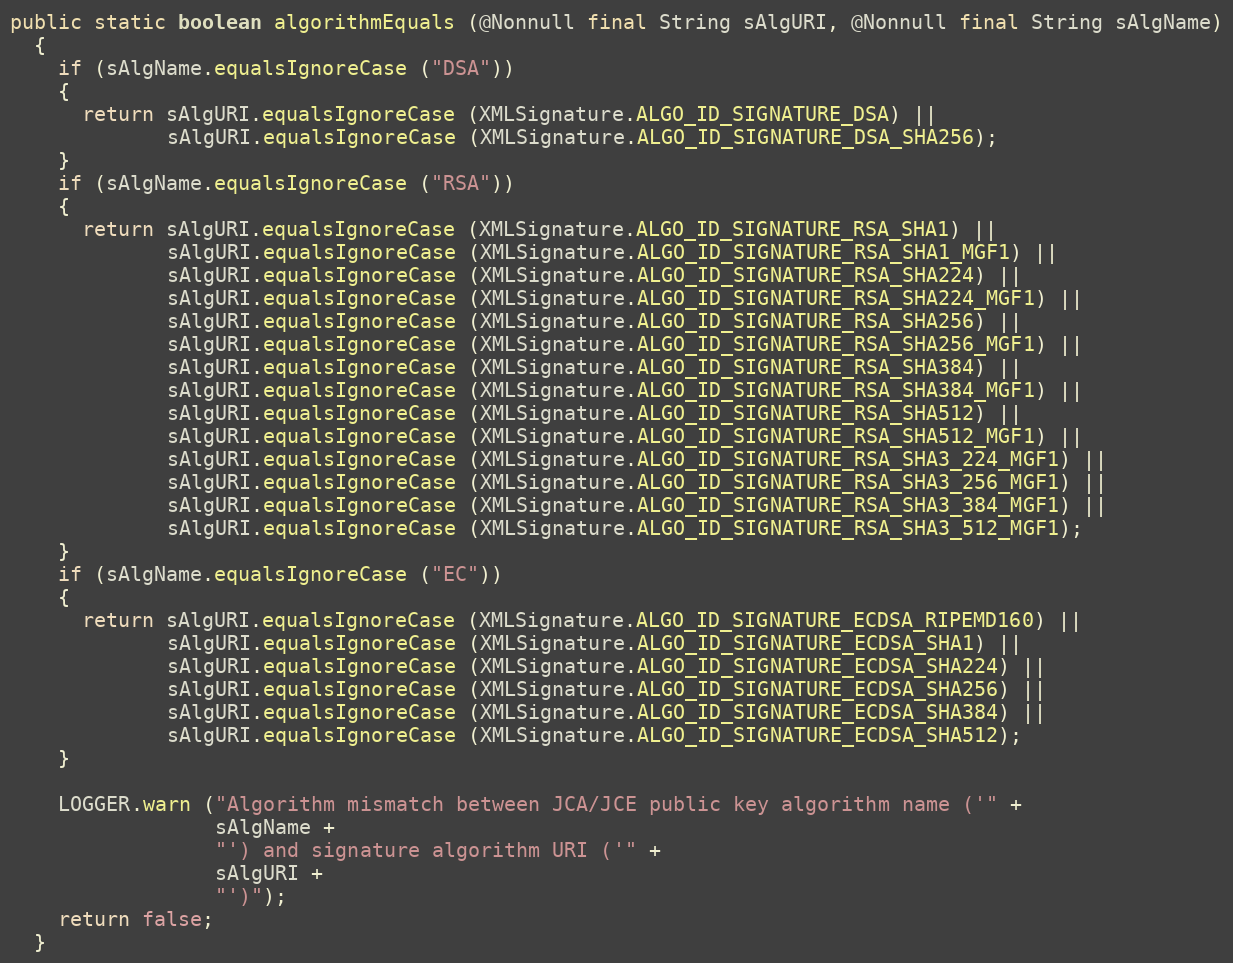
Language: Java
public static boolean algorithmEquals (@Nonnull final String sAlgURI, @Nonnull final String sAlgName)
  {
    if (sAlgName.equalsIgnoreCase ("DSA"))
    {
      return sAlgURI.equalsIgnoreCase (XMLSignature.ALGO_ID_SIGNATURE_DSA) ||
             sAlgURI.equalsIgnoreCase (XMLSignature.ALGO_ID_SIGNATURE_DSA_SHA256);
    }
    if (sAlgName.equalsIgnoreCase ("RSA"))
    {
      return sAlgURI.equalsIgnoreCase (XMLSignature.ALGO_ID_SIGNATURE_RSA_SHA1) ||
             sAlgURI.equalsIgnoreCase (XMLSignature.ALGO_ID_SIGNATURE_RSA_SHA1_MGF1) ||
             sAlgURI.equalsIgnoreCase (XMLSignature.ALGO_ID_SIGNATURE_RSA_SHA224) ||
             sAlgURI.equalsIgnoreCase (XMLSignature.ALGO_ID_SIGNATURE_RSA_SHA224_MGF1) ||
             sAlgURI.equalsIgnoreCase (XMLSignature.ALGO_ID_SIGNATURE_RSA_SHA256) ||
             sAlgURI.equalsIgnoreCase (XMLSignature.ALGO_ID_SIGNATURE_RSA_SHA256_MGF1) ||
             sAlgURI.equalsIgnoreCase (XMLSignature.ALGO_ID_SIGNATURE_RSA_SHA384) ||
             sAlgURI.equalsIgnoreCase (XMLSignature.ALGO_ID_SIGNATURE_RSA_SHA384_MGF1) ||
             sAlgURI.equalsIgnoreCase (XMLSignature.ALGO_ID_SIGNATURE_RSA_SHA512) ||
             sAlgURI.equalsIgnoreCase (XMLSignature.ALGO_ID_SIGNATURE_RSA_SHA512_MGF1) ||
             sAlgURI.equalsIgnoreCase (XMLSignature.ALGO_ID_SIGNATURE_RSA_SHA3_224_MGF1) ||
             sAlgURI.equalsIgnoreCase (XMLSignature.ALGO_ID_SIGNATURE_RSA_SHA3_256_MGF1) ||
             sAlgURI.equalsIgnoreCase (XMLSignature.ALGO_ID_SIGNATURE_RSA_SHA3_384_MGF1) ||
             sAlgURI.equalsIgnoreCase (XMLSignature.ALGO_ID_SIGNATURE_RSA_SHA3_512_MGF1);
    }
    if (sAlgName.equalsIgnoreCase ("EC"))
    {
      return sAlgURI.equalsIgnoreCase (XMLSignature.ALGO_ID_SIGNATURE_ECDSA_RIPEMD160) ||
             sAlgURI.equalsIgnoreCase (XMLSignature.ALGO_ID_SIGNATURE_ECDSA_SHA1) ||
             sAlgURI.equalsIgnoreCase (XMLSignature.ALGO_ID_SIGNATURE_ECDSA_SHA224) ||
             sAlgURI.equalsIgnoreCase (XMLSignature.ALGO_ID_SIGNATURE_ECDSA_SHA256) ||
             sAlgURI.equalsIgnoreCase (XMLSignature.ALGO_ID_SIGNATURE_ECDSA_SHA384) ||
             sAlgURI.equalsIgnoreCase (XMLSignature.ALGO_ID_SIGNATURE_ECDSA_SHA512);
    }

    LOGGER.warn ("Algorithm mismatch between JCA/JCE public key algorithm name ('" +
                 sAlgName +
                 "') and signature algorithm URI ('" +
                 sAlgURI +
                 "')");
    return false;
  }